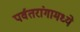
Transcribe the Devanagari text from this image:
पर्वतरांगामध्ये